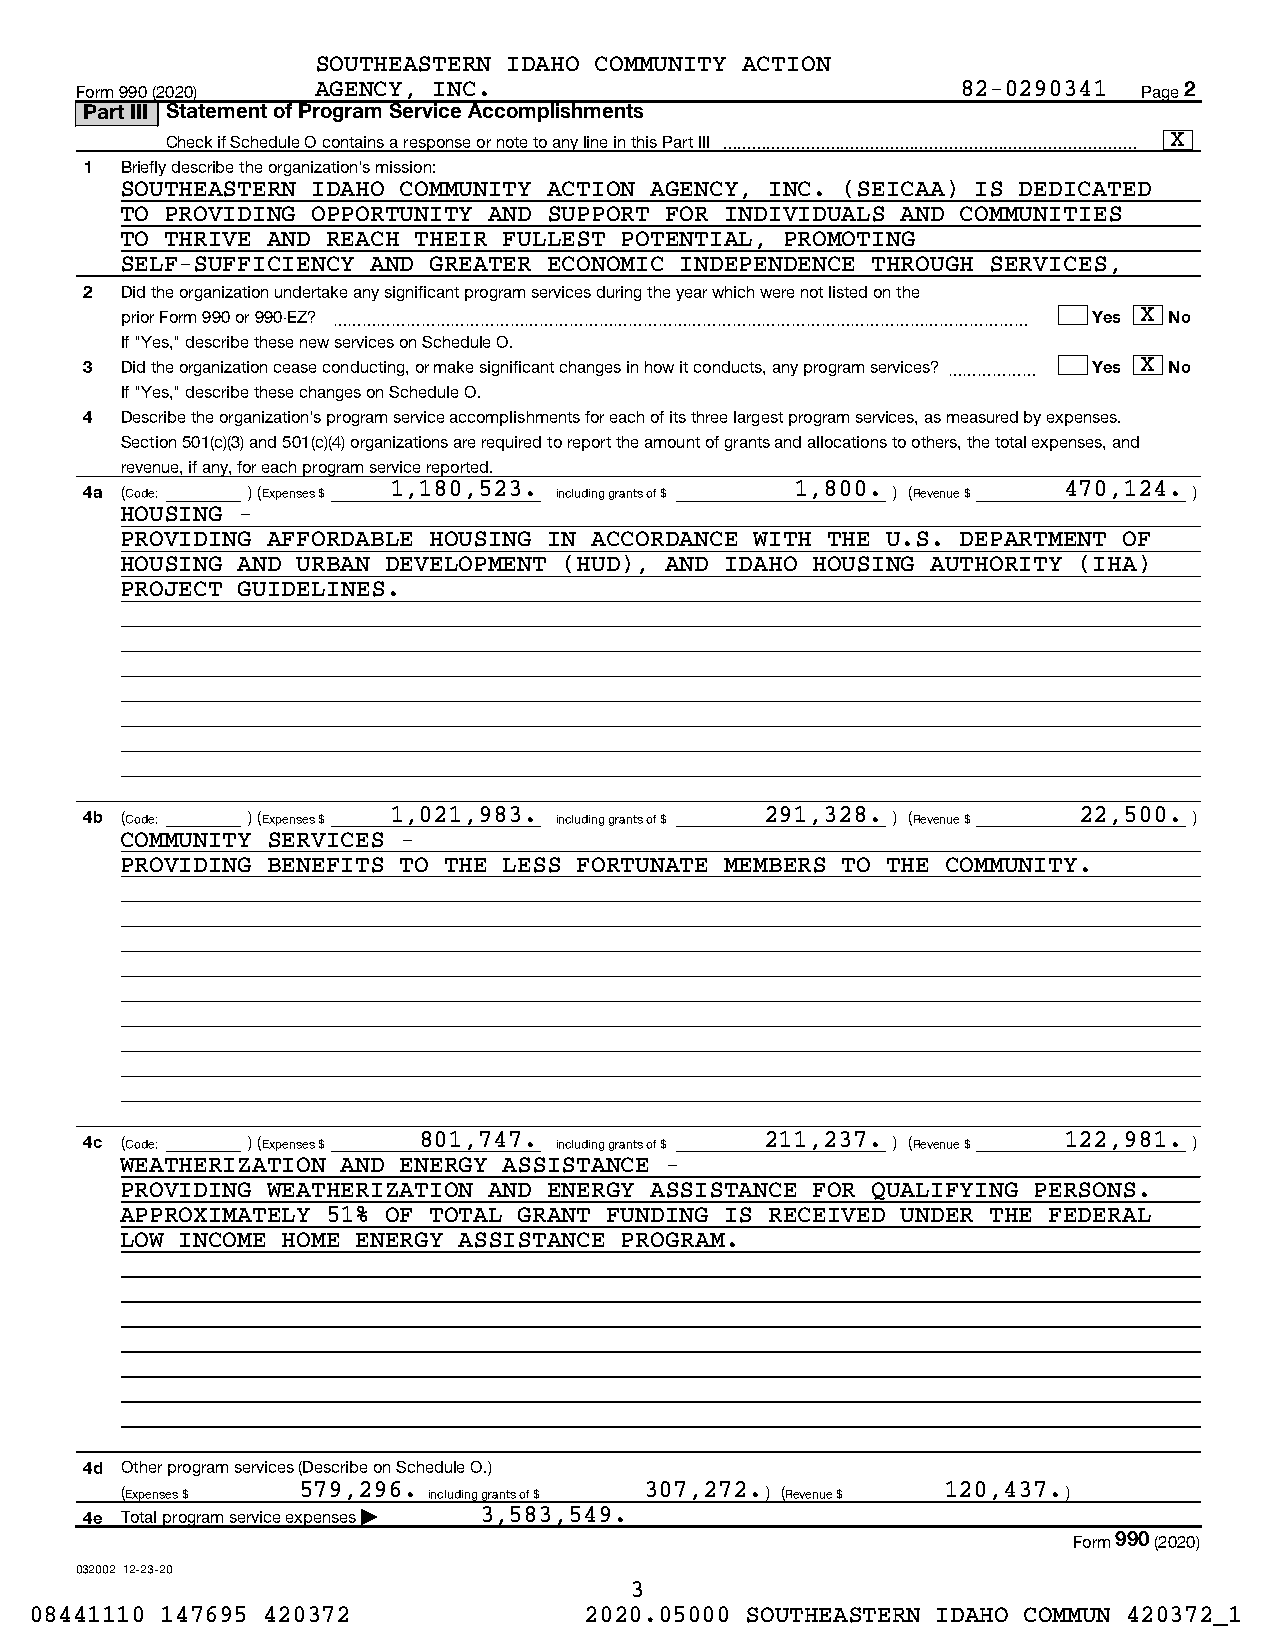
SOUTHEASTERN IDAHO COMMUNITY ACTION
 Form 990 (2020) AGENCY, INC.                               82-0290341  Page 2
 Part III Statement of Program Service Accomplishments
 Check if Schedule O contains a response or note to any line in this Part III  X
 1 Briefly describe the organization's mission:
 SOUTHEASTERN IDAHO COMMUNITY ACTION AGENCY, INC. (SEICAA) IS DEDICATED
 TO PROVIDING OPPORTUNITY AND SUPPORT FOR INDIVIDUALS AND COMMUNITIES
 TO THRIVE AND REACH THEIR FULLEST POTENTIAL, PROMOTING
 SELF-SUFFICIENCY AND GREATER ECONOMIC INDEPENDENCE THROUGH SERVICES,
 2 Did the organization undertake any significant program services during the year which were not listed on the
 prior Form 990 or 990-EZ? ~~~~~~~~~~~~~~~~~~~~~~~~~~~~~~~~~~~~~~~~~~~~~~~ Yes X No
 If "Yes," describe these new services on Schedule O.
 3 Did the organization cease conducting, or make significant changes in how it conducts, any program services? ~~~~~~ Yes X No
 If "Yes," describe these changes on Schedule O.
 4 Describe the organization's program service accomplishments for each of its three largest program services, as measured by expenses.
 Section 501(c)(3) and 501(c)(4) organizations are required to report the amount of grants and allocations to others, the total expenses, and
 revenue, if any, for each program service reported.
 4a (Code: ) (Expenses $ 1,180,523. including grants of $ 1,800. ) (Revenue $ 470,124. )
 HOUSING -
 PROVIDING AFFORDABLE HOUSING IN ACCORDANCE WITH THE U.S. DEPARTMENT OF
 HOUSING AND URBAN DEVELOPMENT (HUD), AND IDAHO HOUSING AUTHORITY (IHA)
 PROJECT GUIDELINES.
 4b (Code: ) (Expenses $ 1,021,983. including grants of $ 291,328. ) (Revenue $ 22,500. )
 COMMUNITY SERVICES -
 PROVIDING BENEFITS TO THE LESS FORTUNATE MEMBERS TO THE COMMUNITY.
 4c (Code: ) (Expenses $ 801,747. including grants of $ 211,237. ) (Revenue $ 122,981. )
 WEATHERIZATION AND ENERGY ASSISTANCE -
 PROVIDING WEATHERIZATION AND ENERGY ASSISTANCE FOR QUALIFYING PERSONS.
 APPROXIMATELY 51% OF TOTAL GRANT FUNDING IS RECEIVED UNDER THE FEDERAL
 LOW INCOME HOME ENERGY ASSISTANCE PROGRAM.
 4d Other program services (Describe on Schedule O.)
 (Expenses $ 579,296. including grants of $ 307,272.) (Revenue $ 120,437.)
 4e Total program service expenses | 3,583,549.
 Form 990 (2020)
 032002 12-23-20
 3
 08441110 147695 420372               2020.05000 SOUTHEASTERN IDAHO COMMUN 420372_1